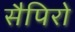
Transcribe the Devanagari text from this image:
सैपिरो